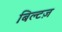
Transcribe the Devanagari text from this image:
बिल्टज़